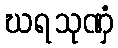
ဃရသုဏှံ